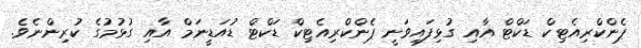
ޕެންކްރިއެޓިކް ޑަކްޓް އާއި ގުޅިފައިވަނީ ޕެންކްރިއެޓިކް ޑަކްޓް ޑުއަޑީނަމް އާއި ގުޅުމުގެ ކުރިންނެވެ.